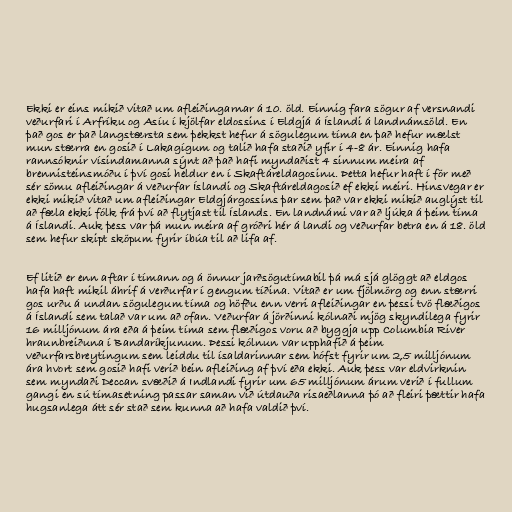
Ekki er eins mikið vitað um afleiðingarnar á 10. öld. Einnig fara sögur af versnandi
veðurfari í Arfríku og Asíu í kjölfar eldossins í Eldgjá á Íslandi á landnámsöld. En
það gos er það langstærsta sem þekkst hefur á sögulegum tíma en það hefur mælst
mun stærra en gosið í Lakagígum og talið hafa staðið yfir í 4-8 ár. Einnig hafa
rannsóknir vísindamanna sýnt að það hafi myndaðist 4 sinnum meira af
brennisteinsmóðu í því gosi heldur en í Skaftáreldagosinu. Þetta hefur haft í för með
sér sömu afleiðingar á veðurfar Íslandi og Skaftáreldagosið ef ekki meiri. Hinsvegar er
ekki mikið vitað um afleiðingar Eldgjárgossins þar sem það var ekki mikið auglýst til
að fæla ekki fólk frá því að flytjast til Íslands. En landnámi var að ljúka á þeim tíma
á Íslandi. Auk þess var þá mun meira af gróðri hér á landi og veðurfar betra en á 18. öld
sem hefur skipt sköpum fyrir íbúa til að lifa af.

Ef litið er enn aftar í tímann og á önnur jarðsögutímabil þá má sjá glöggt að eldgos
hafa haft mikil áhrif á verðurfar í gengum tíðina. Vitað er um fjölmörg og enn stærri
gos urðu á undan sögulegum tíma og höfðu enn verri afleiðingar en þessi tvö flæðigos
á Íslandi sem talað var um að ofan. Veðurfar á jörðinni kólnaði mjög skyndilega fyrir
16 milljónum ára eða á þeim tíma sem flæðigos voru að byggja upp Columbia River
hraunbreiðuna í Bandaríkjunum. Þessi kólnun var upphafið á þeim
veðurfarsbreytingum sem leiddu til ísaldarinnar sem hófst fyrir um 2,5 milljónum
ára hvort sem gosið hafi verið bein afleiðing af því eða ekki. Auk þess var eldvirknin
sem myndaði Deccan svæðið á Indlandi fyrir um 65 milljónum árum verið í fullum
gangi en sú tímasetning passar saman við útdauða risaeðlanna þó að fleiri þættir hafa
hugsanlega átt sér stað sem kunna að hafa valdið því.